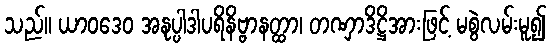
သည်။ ယာဝဒေဝ အနုပ္ပါဒါပရိနိဗ္ဗာနတ္ထာ၊ တဏှာဒိဋ္ဌိအားဖြင့် မစွဲလမ်းမူ၍